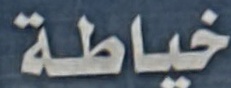
خياطة